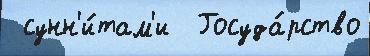
 сунн'и́там'и  Госуда́рство